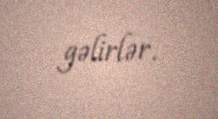
gəlirlər.